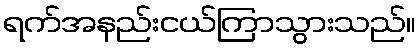
ရက်အနည်းငယ်ကြာသွားသည်။